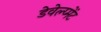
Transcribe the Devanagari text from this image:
डेवेल्प्मेंट